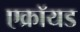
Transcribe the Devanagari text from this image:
एक्रॉयड